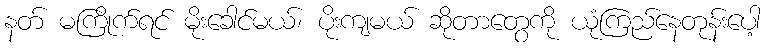
နတ် မကြိုက်ရင် မိုးခေါင်မယ်၊ ပိုးကျမယ် ဆိုတာတွေကို ယုံကြည်နေတုန်းပေါ့